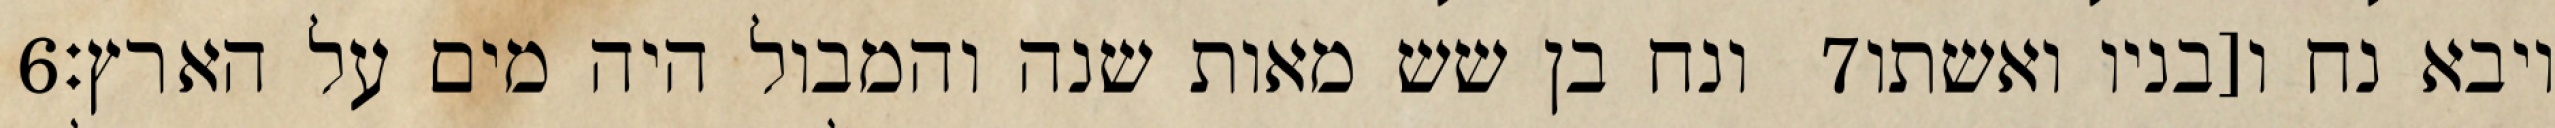
‎6‏ ונח בן שש מאות שנה והמבול היה מים על הארץ׃ ‎7‏ ויבא נח ו[בניו ואשתו